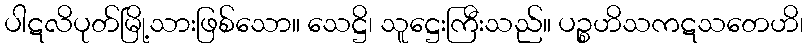
ပါဋလိပုတ်မြို့သားဖြစ်သော။ သေဋ္ဌိ၊ သူဋ္ဌေးကြီးသည်။ ပဉ္စဟိသကဋသတေဟိ၊